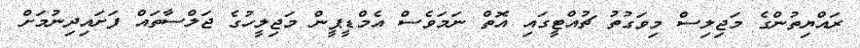
ރައްޔިތުންގެ މަޖިލިސް މިވަގުތު ޗުއްޓީގައި އޮތް ނަމަވެސް އެމްޑީޕީން މަޖިލީހުގެ ޖަލްސާތައް ފަށައިދިނުމަށް